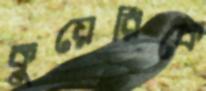
কুয়েরিকে